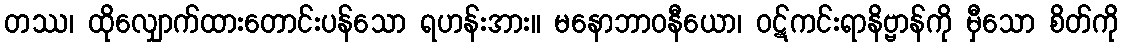
တဿ၊ ထိုလျှောက်ထားတောင်းပန်သော ရဟန်းအား။ မနောဘာဝနီယော၊ ဝဋ်ကင်းရာနိဗ္ဗာန်ကို မှီသော စိတ်ကို